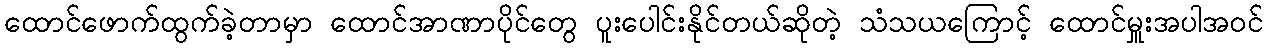
ထောင်ဖောက်ထွက်ခဲ့တာမှာ ထောင်အာဏာပိုင်တွေ ပူးပေါင်းနိုင်တယ်ဆိုတဲ့ သံသယကြောင့် ထောင်မှူးအပါအဝင်